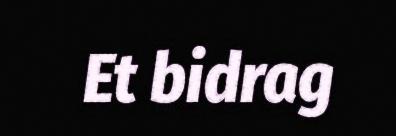
Et bidrag